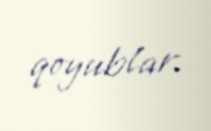
qoyublar.